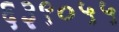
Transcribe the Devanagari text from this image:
६३९०५५